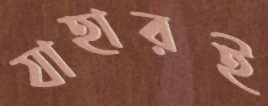
যাহারই